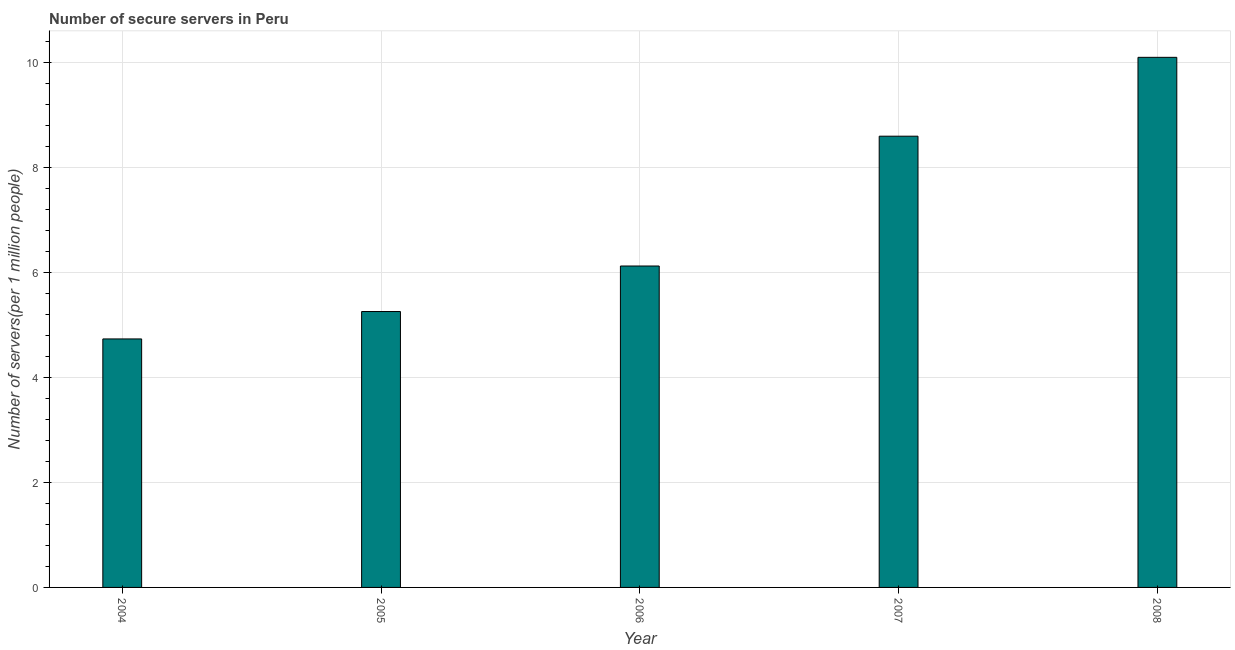
| Year | Secure Internet servers |
 | --- | --- |
 | 2004 | 4.73 |
 | 2005 | 5.25 |
 | 2006 | 6.12 |
 | 2007 | 8.59 |
 | 2008 | 10.1 |